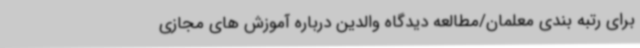
برای رتبه بندی معلمان/مطالعه دیدگاه والدین درباره آموزش های مجازی